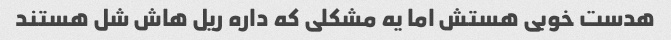
هدست خوبی هستش اما یه مشکلی که داره ریل هاش شل هستند